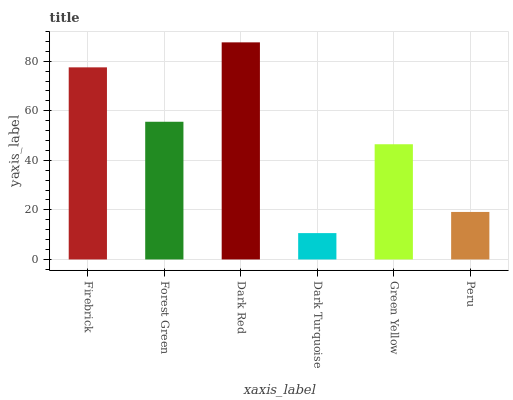
| xaxis_label | bars |
 | --- | --- |
 | Firebrick | 77.5 |
 | Forest Green | 55.6 |
 | Dark Red | 87.6 |
 | Dark Turquoise | 10.6 |
 | Green Yellow | 46.5 |
 | Peru | 19.2 |